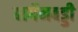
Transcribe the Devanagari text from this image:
बार्गेनबड्डी